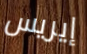
إيريس